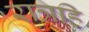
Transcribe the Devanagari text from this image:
रात्रहि